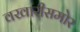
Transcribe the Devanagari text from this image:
वखारीसमोर